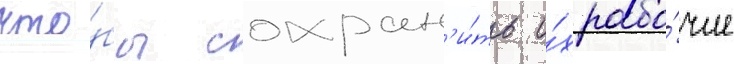
что́бы сохран'и́ть и́х рабо́чие